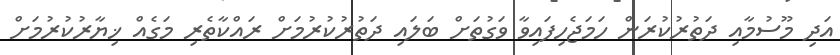
އަދި މޫސުމާއި ދަތުރުކުރަން ހަމަޖެހިފައިވާ ވަގުތަށް ބަލައި ދަތުރުކުރުމަށް ރައްކާތެރި މަގެއް ޚިޔާރުކުރުމަށް